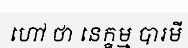
ហៅ ថា នេក្ខម្ម បារមី